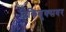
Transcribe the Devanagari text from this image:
विकिबुक्सवर